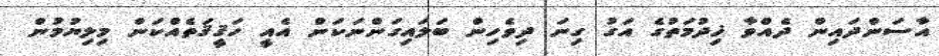
އާސަންދައިން ދެއްވާ ޚިދުމަތުގެ އަގު ގިނަ ދިވެހިން ބަލައިގަންނަކަން އެއީ ހަޤީޤަތެއްކަން މިލިޔުމުން